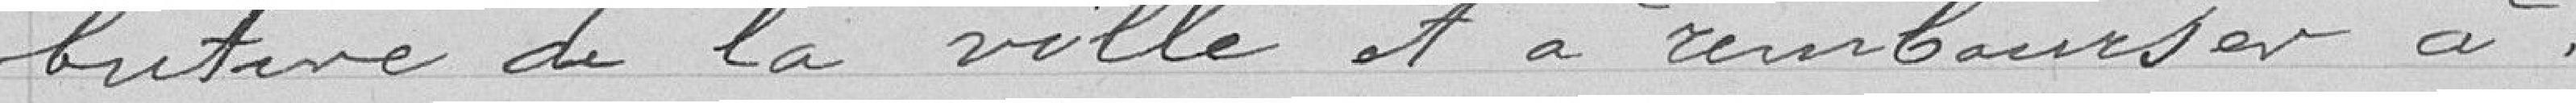
butaire de la Ville et à rembourser à :